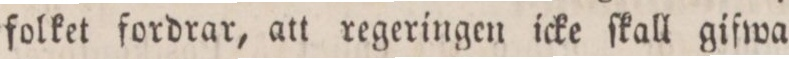
folket fordrar, att regeringen icke ſkall gifwa